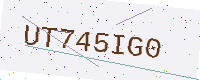
Text: UT745IG0